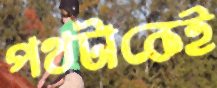
পথটাকেই